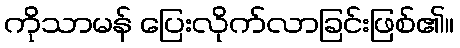
ကိုသာမန် ပြေးလိုက်လာခြင်းဖြစ်၏။